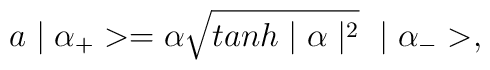
a\mid \alpha_{+}>=\alpha \sqrt{tanh \mid \alpha \mid^{2}}~\mid \alpha_{-}>,